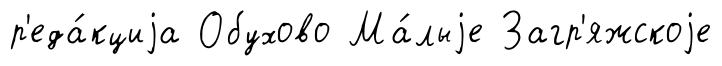
р'еда́кциjа Обухово Ма́лыjе Загр'яжскоjе